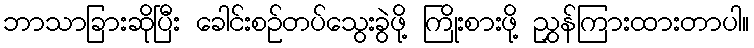
ဘာသာခြားဆိုပြီး ခေါင်းစဉ်တပ်သွေးခွဲဖို့ ကြိုးစားဖို့ ညွှန်ကြားထားတာပါ။